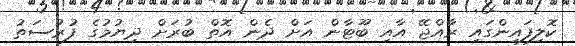
ކޮލިފައިންގައި ރާއްޖޭ އާއި ބޫޓާން އަށް ދެން އޮތް ބުރަށް ދިޔުމުގެ ފުރުސަތު